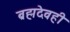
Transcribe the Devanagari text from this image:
ब्रह्मदेवही